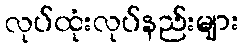
လုပ်ထုံးလုပ်နည်းများ